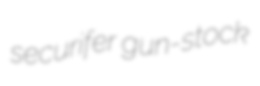
securifer gun-stock